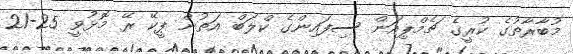
މުބާރާތުގެ ކުރީގެ ޗެމްޕިއަން ސިފައިންގެ ކްލަބް އަތުން ޕީކޭ ރޭ މޮޅުވީ 25-21